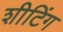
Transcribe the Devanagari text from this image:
शीटिंग